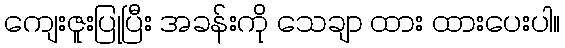
ကျေးဇူးပြုပြီး အခန်းကို သေချာ ထား ထားပေးပါ။